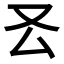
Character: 𠬟